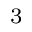
_ 3